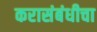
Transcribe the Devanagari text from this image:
करासंबंधीचा